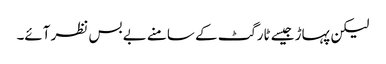
لیکن پہاڑ جیسے ٹارگٹ کے سامنے بے بس نظر آئے۔